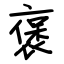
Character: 褒